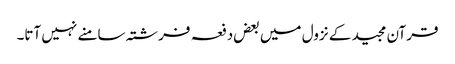
قرآن مجید کے نزول میں بعض دفعہ فرشتہ سامنے نہیں آتا۔